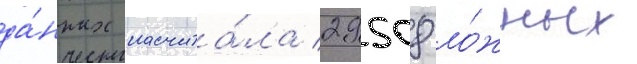
да́нных насчита́ла 29508 ло́жных